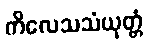
ကိလေသသံယုတ္တံ